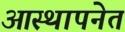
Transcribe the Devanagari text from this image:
आस्थापनेत